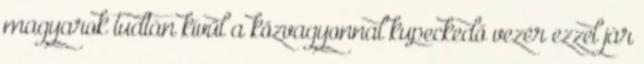
magyarok tudtán kívül a közvagyonnal kupeckedő vezér ezzel jár